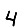
Digit: 4